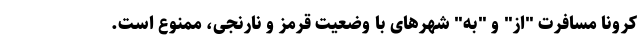
کرونا مسافرت "از" و "به" شهرهای با وضعیت قرمز و نارنجی، ممنوع است.